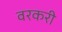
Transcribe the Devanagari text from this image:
वरकरी